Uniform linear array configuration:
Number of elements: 32
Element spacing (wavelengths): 0.75
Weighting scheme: binomial
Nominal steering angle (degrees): -30
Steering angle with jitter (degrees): -30.462
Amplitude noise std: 0.05
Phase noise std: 0.05

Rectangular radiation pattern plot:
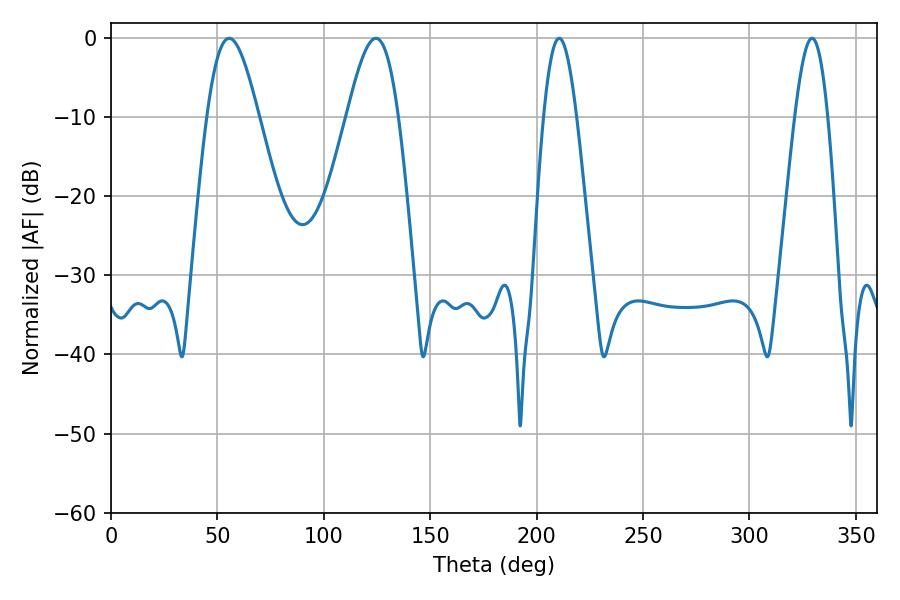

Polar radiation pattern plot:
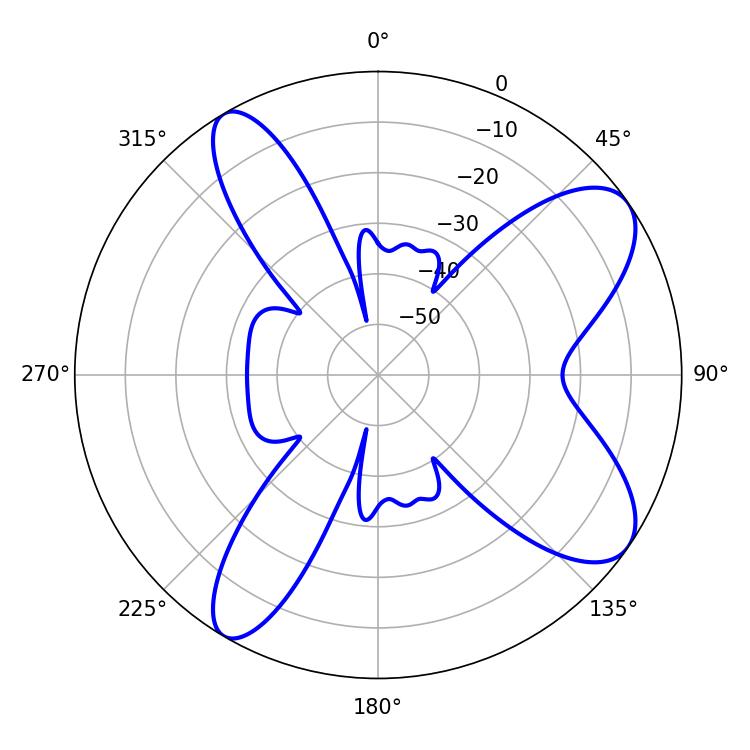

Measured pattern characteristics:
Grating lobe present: TRUE
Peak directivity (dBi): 8.96
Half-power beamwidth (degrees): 8.46
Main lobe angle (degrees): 210.6